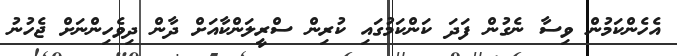
އެހެންކަމުން ވިސާ ނެގުން ފަދަ ކަންކަމުގައި ކުރިން ސްރީލަންކާއަށް ދާން ދިވެހިންނަށް ޖެހުނު